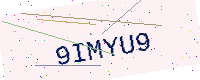
Text: 9IMYU9